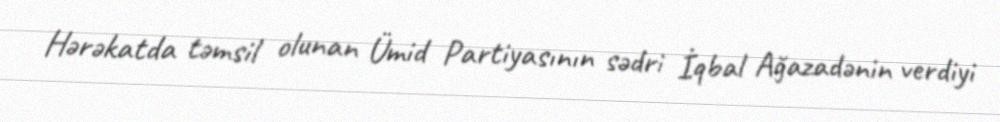
Hərəkatda təmsil olunan Ümid Partiyasının sədri İqbal Ağazadənin verdiyi